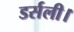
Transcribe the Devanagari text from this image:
डर्सली।